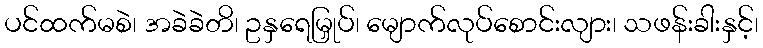
ပင်ထက်မစဲ၊ အခဲခဲတိ၊ ဥနှရေမြှုပ်၊ မျောက်လုပ်စောင်းလျား၊ သဖန်းခါးနှင့်၊